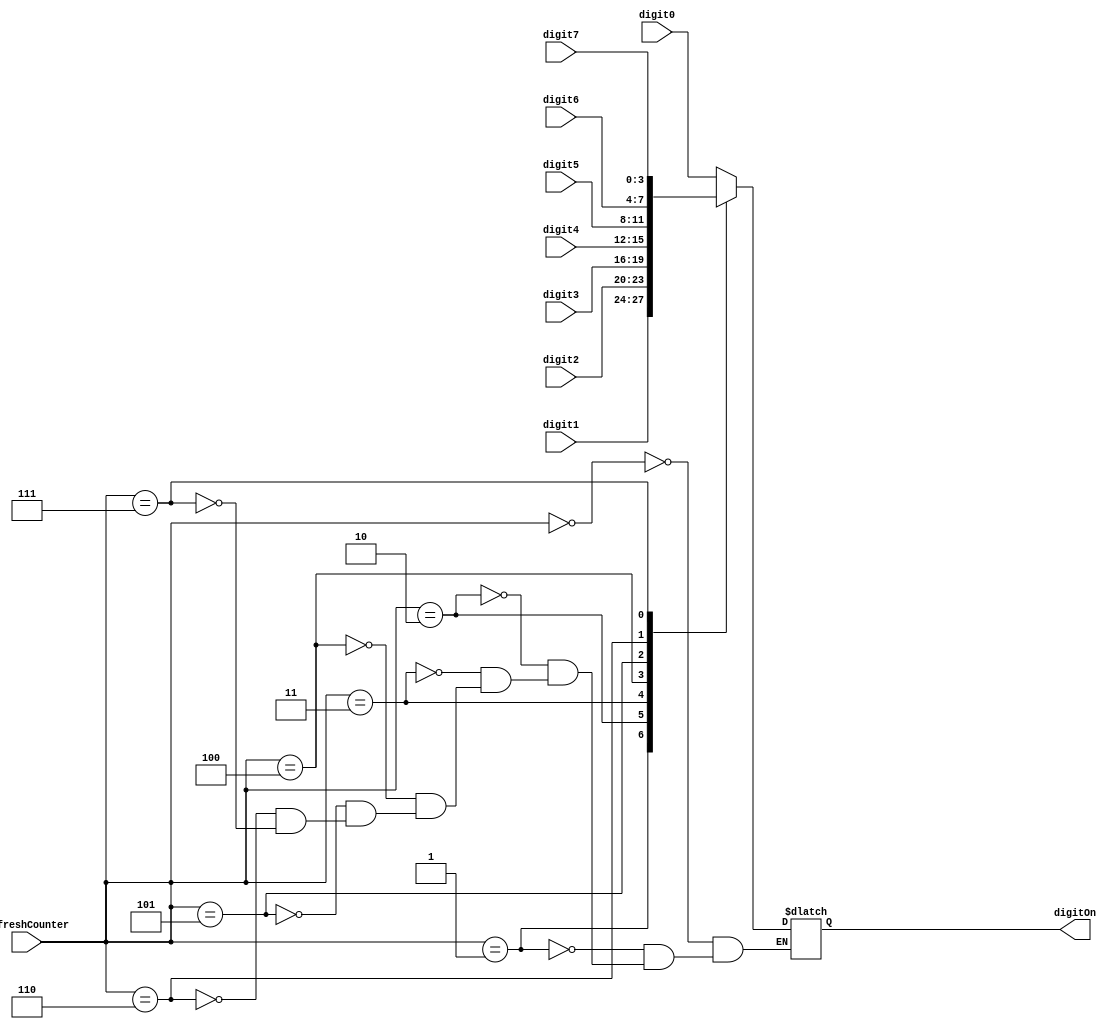
module cathode_control(
    input wire [3:0] refreshCounter,
    input wire [3:0] digit0,
    input wire [3:0] digit1,
    input wire [3:0] digit2,
    input wire [3:0] digit3,
    input wire [3:0] digit4,
    input wire [3:0] digit5,
    input wire [3:0] digit6,
    input wire [3:0] digit7,
    output reg [3:0] digitOn // which input digit to display
    );
    
    always @(refreshCounter)
    begin 
        case(refreshCounter)
            4'd0: digitOn = digit0; // Determine which digit to display
            4'd1: digitOn = digit1; // depending on which anode is being displayed
            4'd2: digitOn = digit2; // 
            4'd3: digitOn = digit3; // 
            4'd4: digitOn = digit4; // 
            4'd5: digitOn = digit5; // 
            4'd6: digitOn = digit6; // 
            4'd7: digitOn = digit7; // 
        endcase
    end
    
    
endmodule